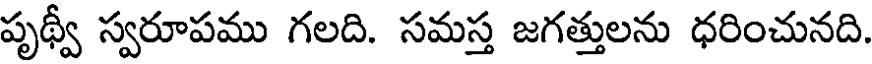
పృథ్వీ స్వరూపము గలది. సమస్త జగత్తులను ధరించునది.